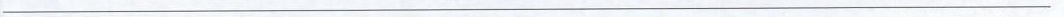
___